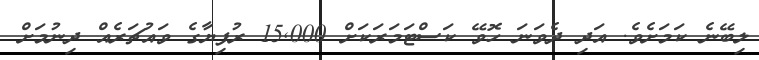
ލިބޭނެ ކަމަށެވެ. އަދި ދެވަނަ ހޮވޭ ކަސްޓަމަރަކަށް 15